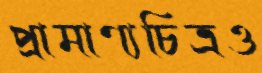
প্রামাণ্যচিত্রও